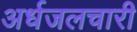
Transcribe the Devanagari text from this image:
अर्धजलचारी